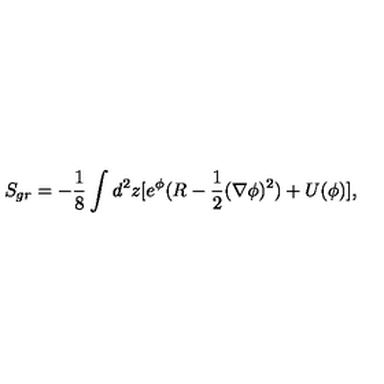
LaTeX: S _ { g r } = - { \frac { 1 } { 8 } } \int _ { } ^ { } d ^ { 2 } z [ e ^ { \phi } ( R - { \frac { 1 } { 2 } } ( \nabla \phi ) ^ { 2 } ) + U ( \phi ) ] ,